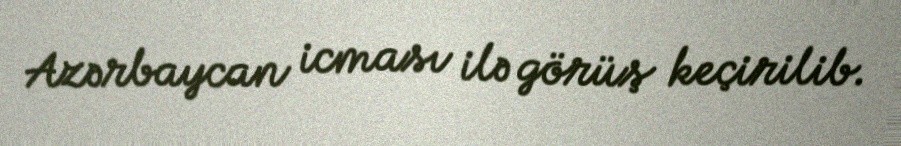
Azərbaycan icması ilə görüş keçirilib.